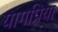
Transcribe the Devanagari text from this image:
यागप्रिया